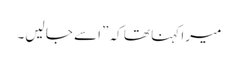
میرا کہنا تھا کہ ”اسے جا لیں۔